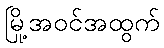
မြို့အဝင်အထွက်